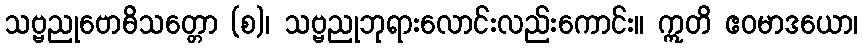
သဗ္ဗညုဗောဓိသတ္တော (စ)၊ သဗ္ဗညုဘုရားလောင်းလည်းကောင်း။ ဣတိ ဧဝမာဒယော၊